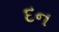
દન